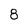
Character: 8